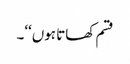
قسم کھاتا ہوں‘‘۔